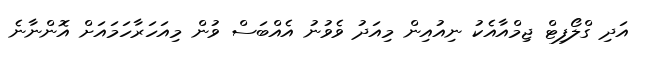
އަދި ގްލޯފިޓް ޖިމްއާއެކު ނިއުއިން މިއަދު ވެވުނު އެއްބަސް ވުން މިއަހަރާހަމައަށް އޮންނާނެ